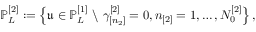
\mathbb { P } _ { L } ^ { [ 2 ] } : = \left\{ \mathfrak { u } \in \mathbb { P } _ { L } ^ { [ 1 ] } \ \backslash \ \gamma _ { [ n _ { 2 } ] } ^ { [ 2 ] } = 0 , n _ { [ 2 ] } = 1 , \dots , N _ { 0 } ^ { [ 2 ] } \right\} ,